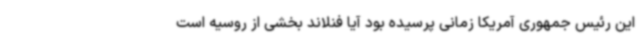
این رئیس جمهوری آمریکا زمانی پرسیده بود آیا فنلاند بخشی از روسیه است